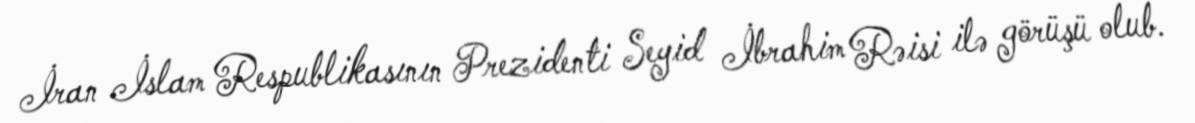
İran İslam Respublikasının Prezidenti Seyid İbrahim Rəisi ilə görüşü olub.